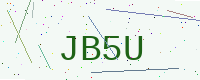
Text: JB5U